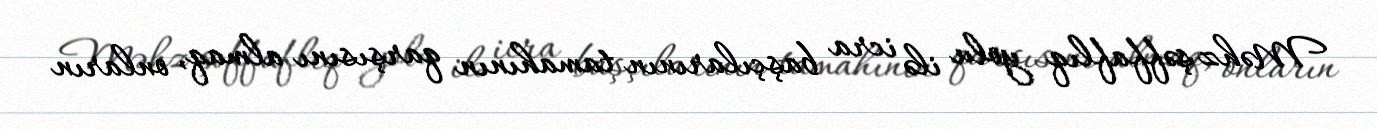
Məhz şəffaflıq yolu ilə icra başçılarının tamahının qarşısını almaq, onların